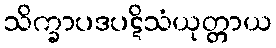
သိက္ခာပဒပဋိသံယုတ္တာယ